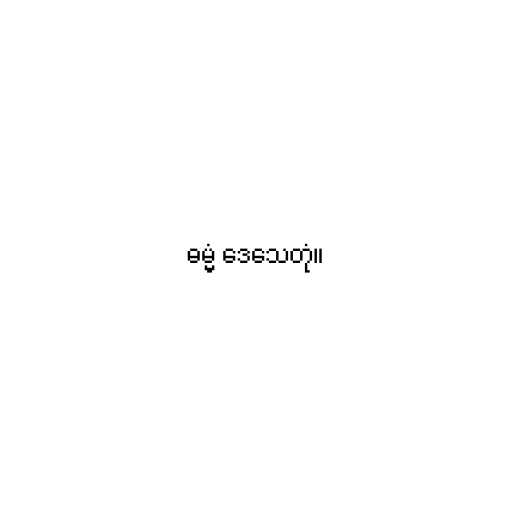
ဓမ္မံ ဒေသေတုံ။